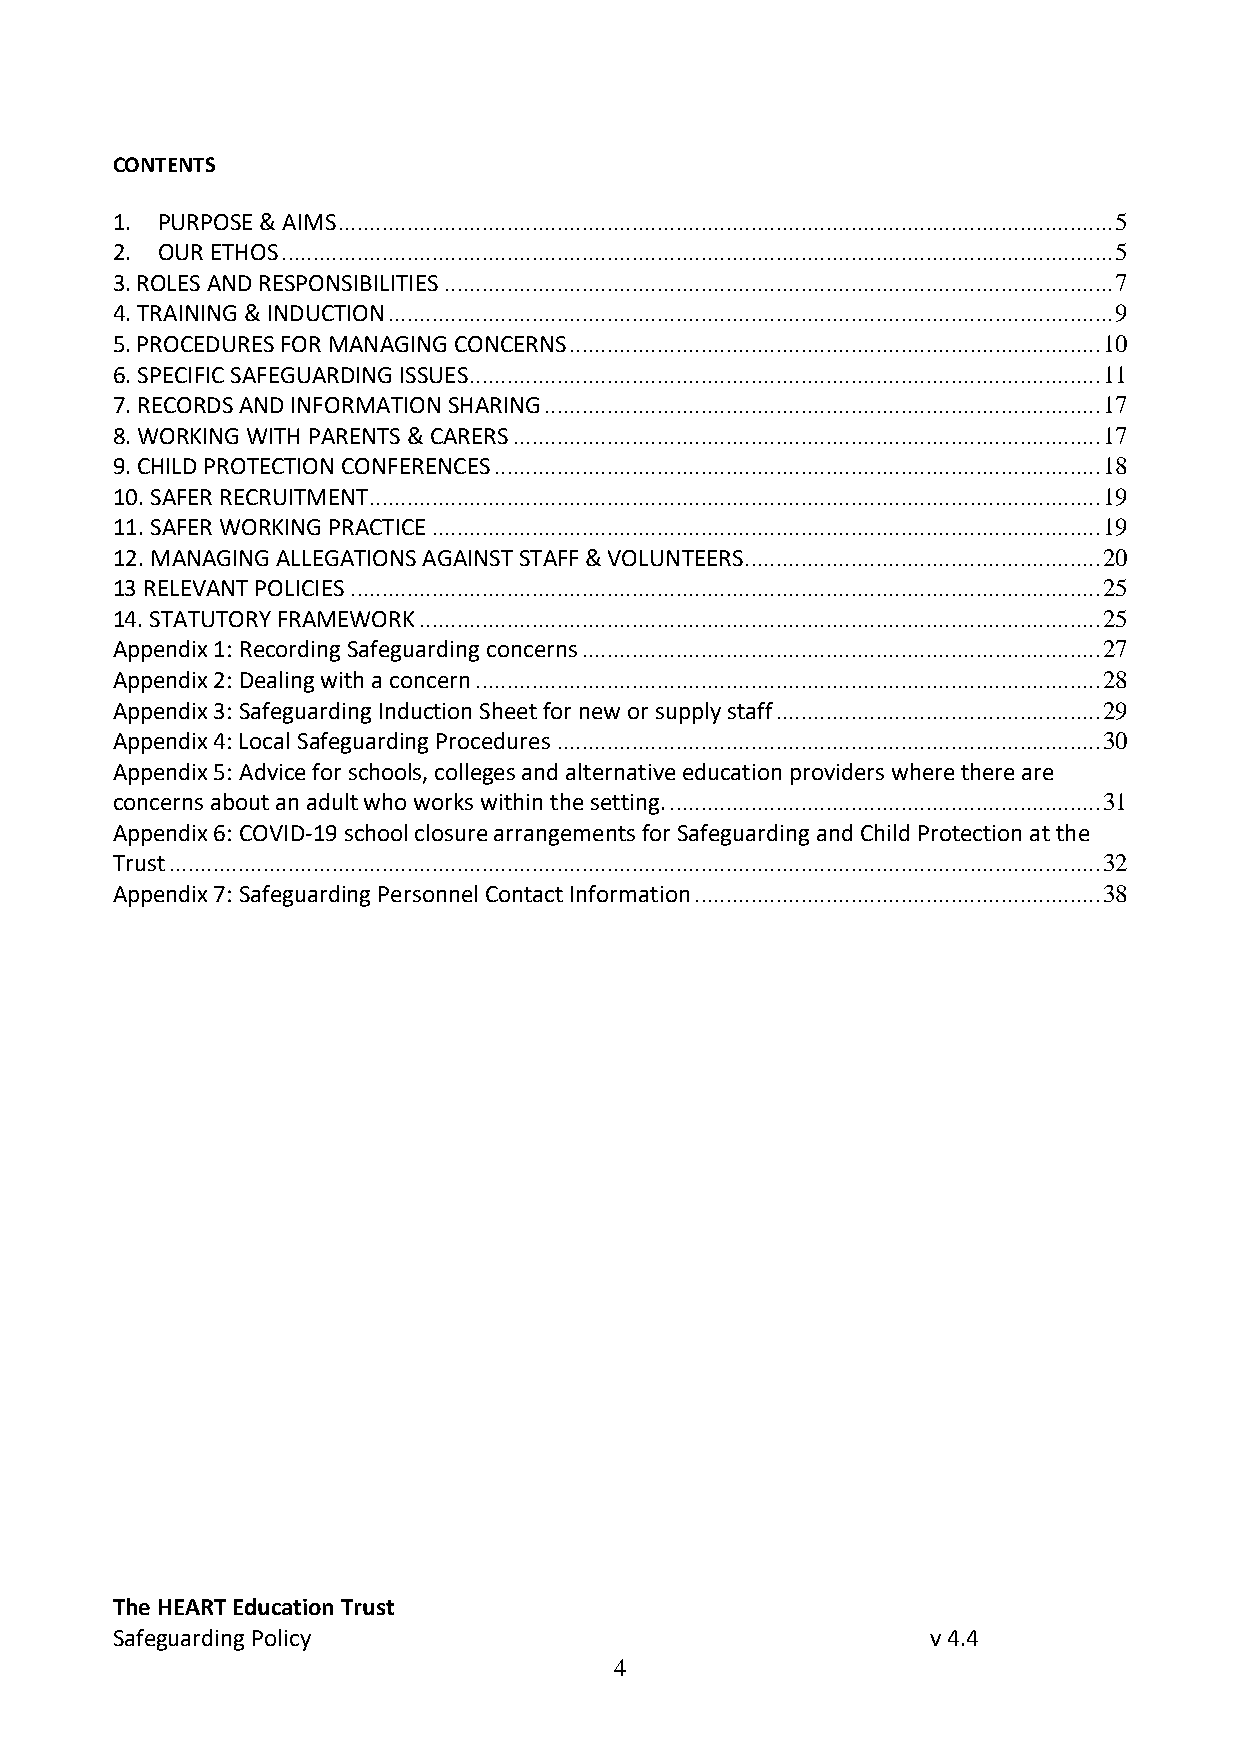
CONTENTS
 1. PURPOSE & AIMS ............................................................................................................................ 5
 2. OUR ETHOS ..................................................................................................................................... 5
 3. ROLES AND RESPONSIBILITIES ........................................................................................................... 7
 4. TRAINING & INDUCTION .................................................................................................................... 9
 5. PROCEDURES FOR MANAGING CONCERNS ..................................................................................... 10
 6. SPECIFIC SAFEGUARDING ISSUES ..................................................................................................... 11
 7. RECORDS AND INFORMATION SHARING ......................................................................................... 17
 8. WORKING WITH PARENTS & CARERS .............................................................................................. 17
 9. CHILD PROTECTION CONFERENCES ................................................................................................. 18
 10. SAFER RECRUITMENT ..................................................................................................................... 19
 11. SAFER WORKING PRACTICE ........................................................................................................... 19
 12. MANAGING ALLEGATIONS AGAINST STAFF & VOLUNTEERS ......................................................... 20
 13 RELEVANT POLICIES ........................................................................................................................ 25
 14. STATUTORY FRAMEWORK ............................................................................................................. 25
 Appendix 1: Recording Safeguarding concerns ................................................................................... 27
 Appendix 2: Dealing with a concern .................................................................................................... 28
 Appendix 3: Safeguarding Induction Sheet for new or supply staff .................................................... 29
 Appendix 4: Local Safeguarding Procedures ....................................................................................... 30
 Appendix 5: Advice for schools, colleges and alternative education providers where there are
 concerns about an adult who works within the setting. ..................................................................... 31
 Appendix 6: COVID-19 school closure arrangements for Safeguarding and Child Protection at the
 Trust ..................................................................................................................................................... 32
 Appendix 7: Safeguarding Personnel Contact Information ................................................................. 38
 The HEART Education Trust
 Safeguarding Policy                                    v 4.4
 4